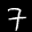
Label: 7